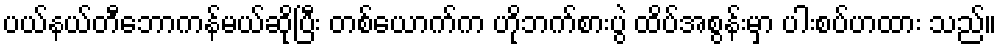
ပယ်နယ်တီဘောကန်မယ်ဆိုပြီး တစ်ယောက်က ဟိုဘက်စားပွဲ ထိပ်အစွန်းမှာ ပါးစပ်ဟထား သည်။